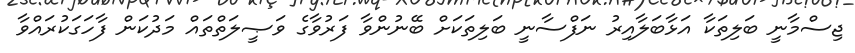
ޖިސްމާނީ ބަލިތަކާ އަޅާބަލާއިރު ނަފްސާނީ ބަލިތަކަށް ބޭނުންވާ ފަރުވާގެ ވަޞީލަތްތައް މަދުކަން ފާހަގަކުރައްވާ